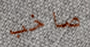
صاخب